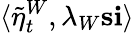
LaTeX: \langle\tilde{\eta}_{t}^{W},\lambda_{W}\mathbf{s}\mathbf{i}\rangle